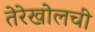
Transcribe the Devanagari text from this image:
तेरेखोलची